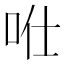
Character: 𠱊